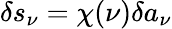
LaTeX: \delta s_{\nu}=\chi(\nu)\delta a_{\nu}